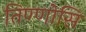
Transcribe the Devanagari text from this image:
तिण्णोसि